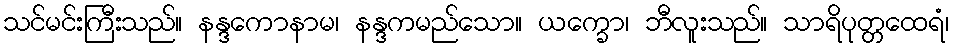
သင်မင်းကြီးသည်။ နန္ဒကောနာမ၊ နန္ဒကမည်သော။ ယက္ခော၊ ဘီလူးသည်။ သာရိပုတ္တထေရံ၊